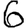
Digit: 6